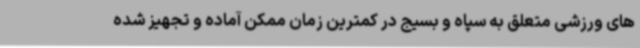
های ورزشی متعلق به سپاه و بسیج در کمترین زمان ممکن آماده و تجهیز شده